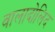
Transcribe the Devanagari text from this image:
वालादोलिद